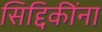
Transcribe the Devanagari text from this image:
सिद्दिकींना